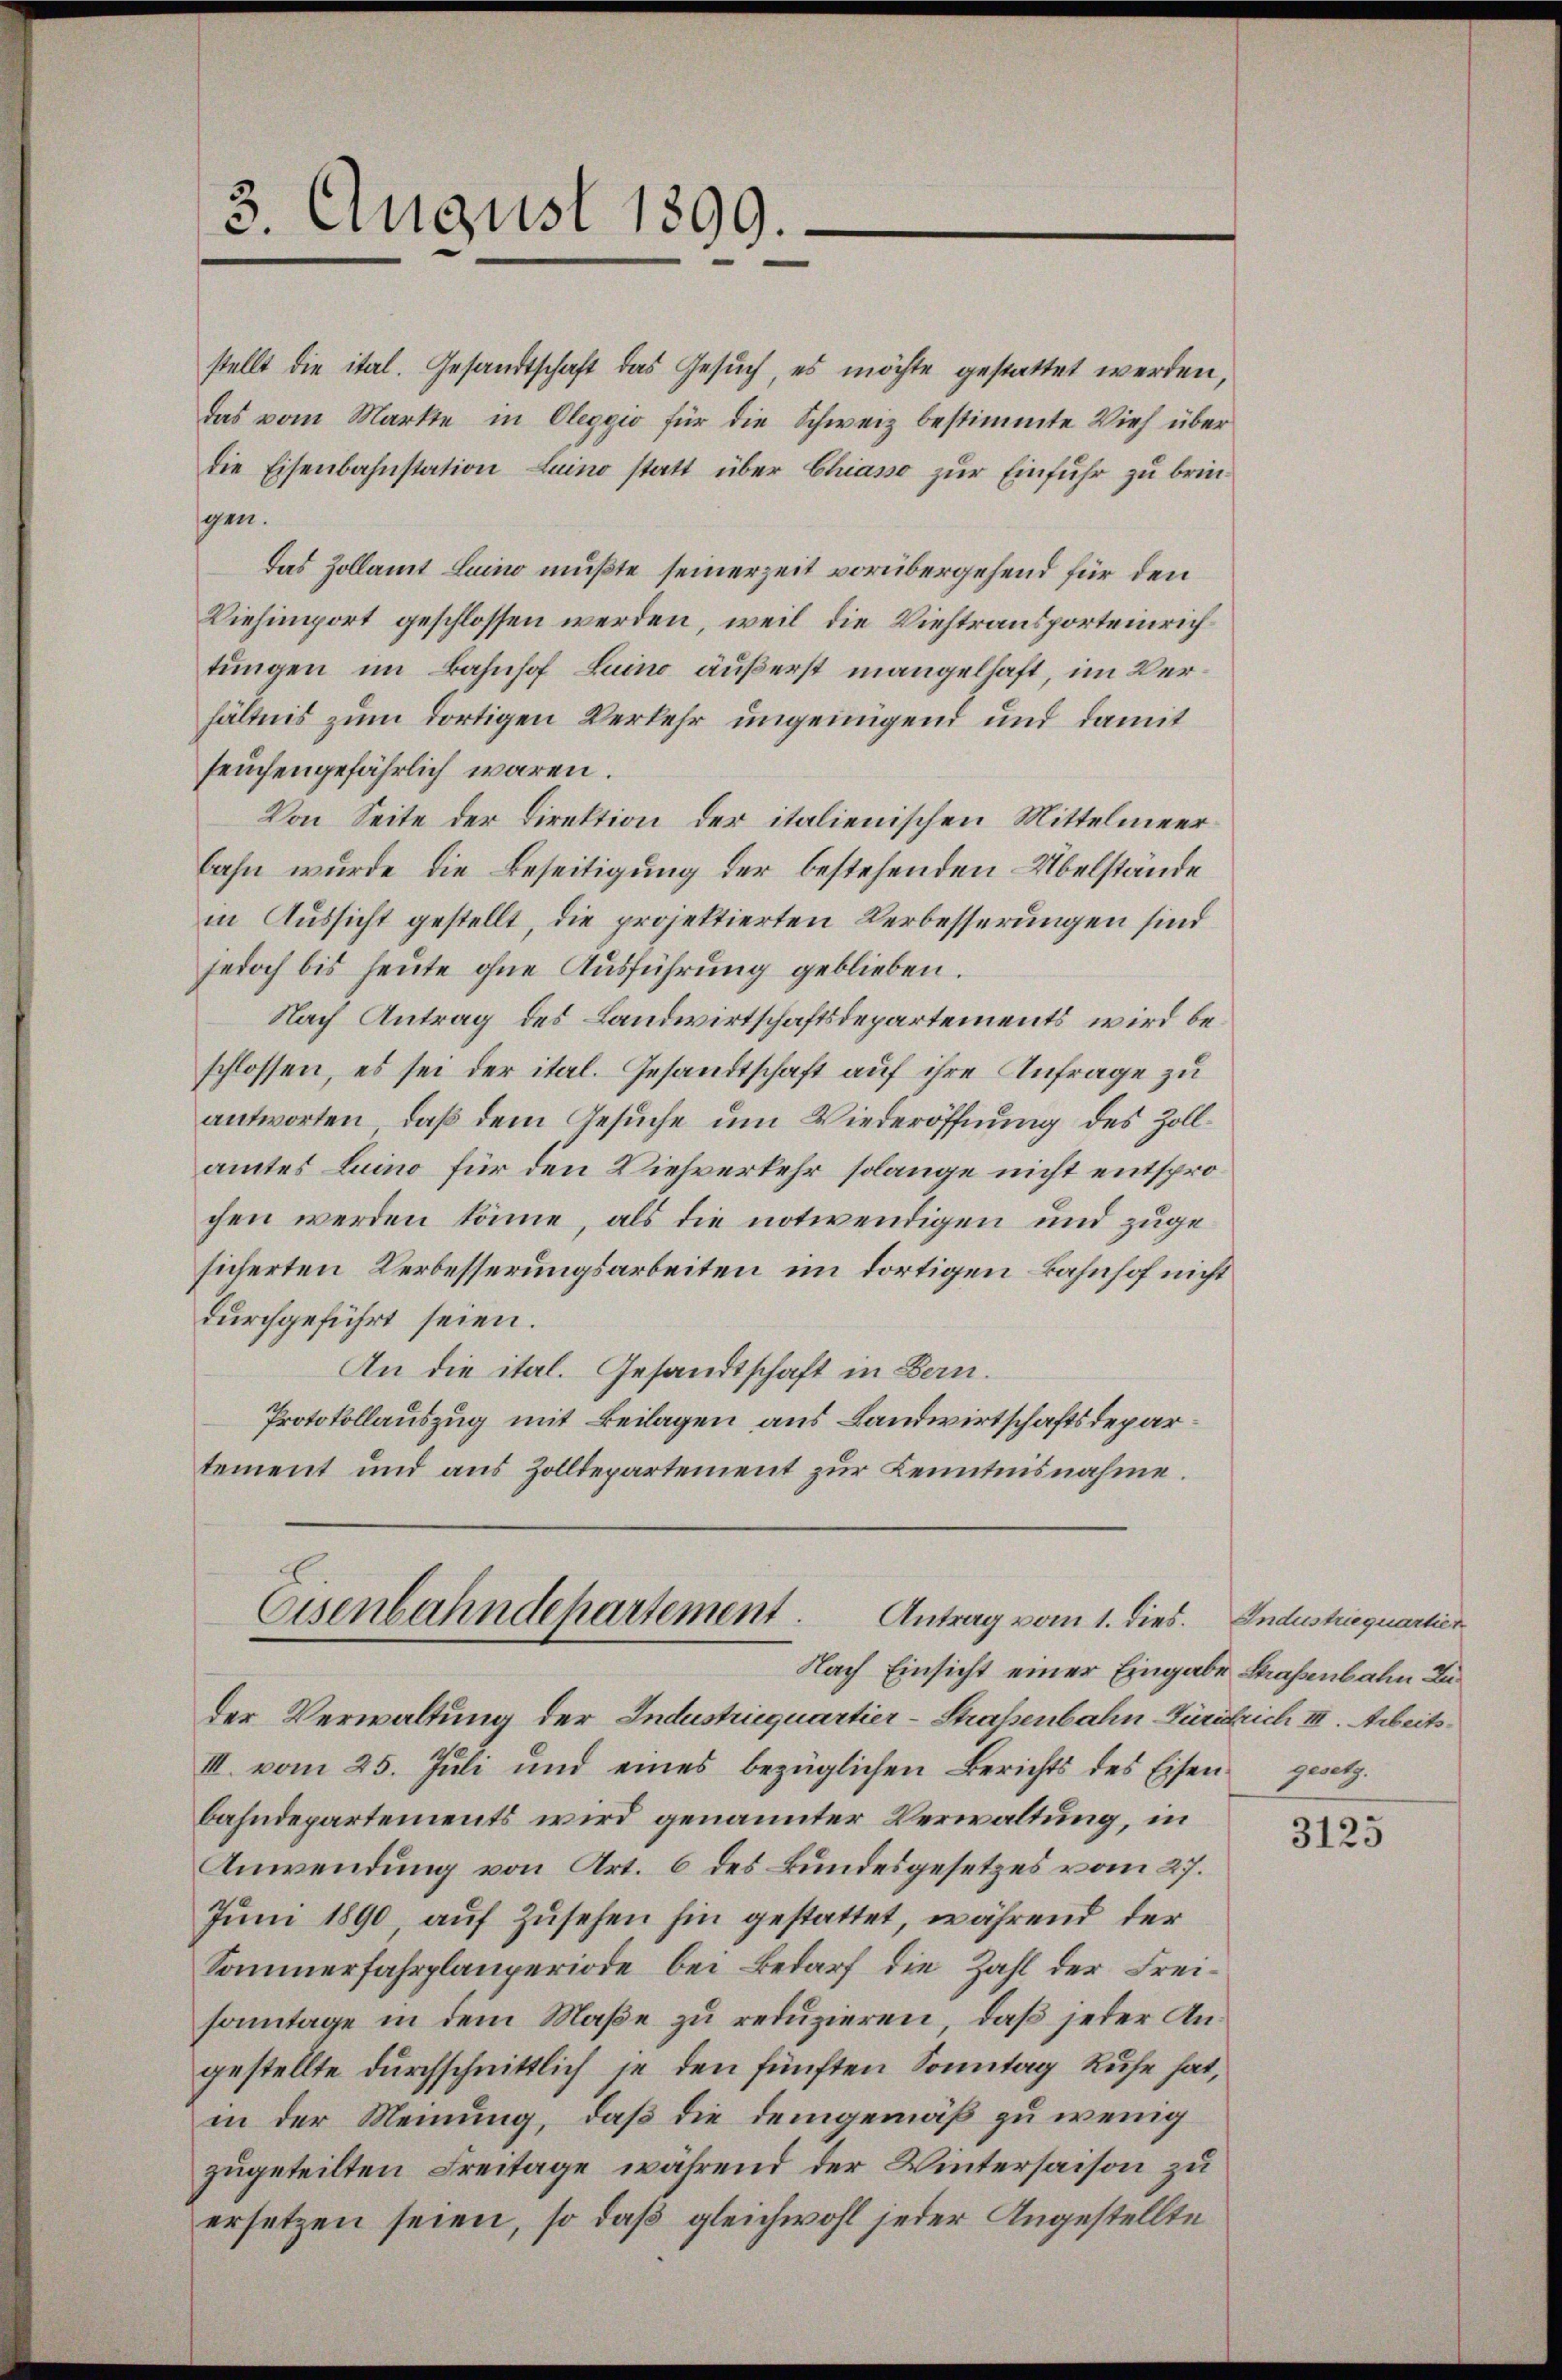
3. August 1899.

stellt die ital. Gesandtschaft das Gesuch, es möchte gestattet werden,
das vom Markte in Oleggio für die Schweiz bestimmte Vieh über
die Eisenbahnstation Luino statt über Chiasso zŭr Einfuhr zu bringen.
Das Zollamt Luino mußte seinerzeit vorübergehend für den
Viehimport geschlossen werden, weil die Viehtransporteinrich
tungen im Bahnhof Luino äußerst mangelhaft, im Verhältnis zum dortigen Verkehr ungenügend und damit
seuchengefährlich waren.
Von Seite der Direktion der italienischen Mittelmeer
bahn wurde die Beseitigung der bestehenden Übelstände
in Aussicht gestellt, die projektierten Verbesserungen sind
jedoch bis heute ohne Ausführung geblieben.
Nach Antrag des Landwirtschaftsdepartements wird beschlossen, es sei der ital. Gesandtschaft auf ihre Anfrage zu
antworten, daß dem Gesuche um Wiederöffnung des Zollamtes Luino für den Viehverkehr solange nicht entsprochen werden könne, als die notwendigen und zugesicherten Verbesserungsarbeiten im dortigen Bahnhof nicht
durchgeführt seien.
An die ital. Gesandtschaft in Bern.
Protokollauszug mit Beilagen aus Landwirtschaftsdepar
tement und aus Zolldepartement zur Kenntnisnahme.
Eisenbahndepartement. Antrag vom 1. dies. Industriequartier

Nach Einsicht einer Eingabe Straßenbahn Zu¬

der Verwaltung der Industriequartier-Straßenbahn-Fürälrich III. Arbeits¬
III. vom 25. Jŭli und eines bezüglichen Berichts des Eisen gesetz
bahndepartements wird genannter Verwaltung, in
Anwendung von Art. 6 des Bundesgesetzes vom 27.
Juni 1890 auf Zusehen hin gestattet, während der
Sommerfahrplanperiode bei Bedarf die Zahl der Freisonntage in dem Maße zu reduzieren, daß jeder Angestellte durchschnittlich je den fünften Sonntag Ruhe hat,
in der Meinung, daß die demgemäß zu wenig
zugeteilten Freitage, während der Wintersaison zu
ersetzen seien, so daß gleichwohl jeder Angestellte

3125